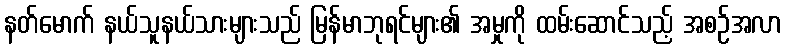
နတ်မောက် နယ်သူနယ်သားများသည် မြန်မာဘုရင်များ၏ အမှုကို ထမ်းဆောင်သည့် အစဉ်အလာ